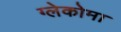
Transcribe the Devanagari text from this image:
ग्लेकोमा